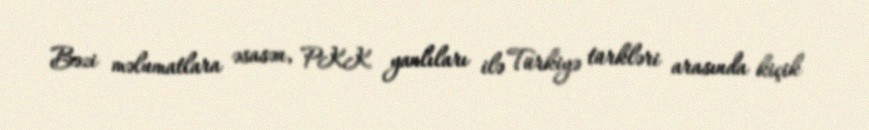
Bəzi məlumatlara əsasən, PKK yanlıları ilə Türkiyə türkləri arasında kiçik